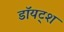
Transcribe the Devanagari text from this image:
डॉयट्श